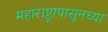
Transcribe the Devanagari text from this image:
महाराष्ट्रापासूनच्या